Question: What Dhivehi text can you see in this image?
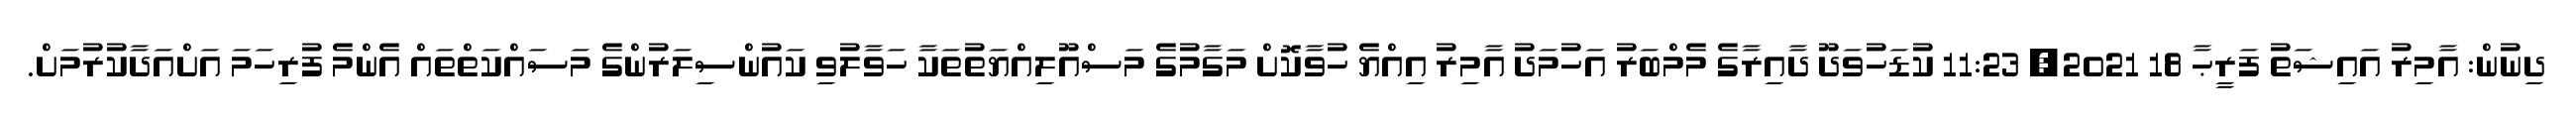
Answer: ދިނުން: އާމިރު އައިޝަތު ފަރީޙާ 18 2021, 11:23 ކުޑަހުވަދޫ ދާއިރާގެ މެމްބަރު އަހުމަދު އާމިރު އިއްޔެ ހުވާކޮށް މަގާމުގެ މަސްއޫލިއްޔަތުތަކާ ހަވާލުވި ކައުންސިލަރުންގެ މަސައްކަތްތައް އެންމެ ފުރިހަމަ އަށްއަދާކުރުމަށް.